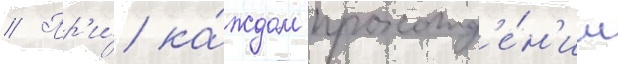
// Пр'и́ ка́ждом прохожд'е́н'ии